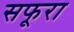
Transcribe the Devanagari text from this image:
सफूरा